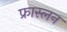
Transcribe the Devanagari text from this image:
फ्रास्लन